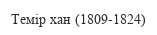
Темір хан (1809-1824)